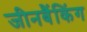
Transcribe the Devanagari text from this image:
जीनबैंकिंग